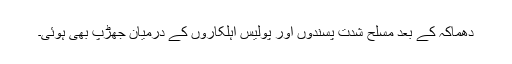
دھماکہ کے بعد مسلح شدت پسندوں اور پولیس اہلکاروں کے درمیان جھڑپ بھی ہوئی۔